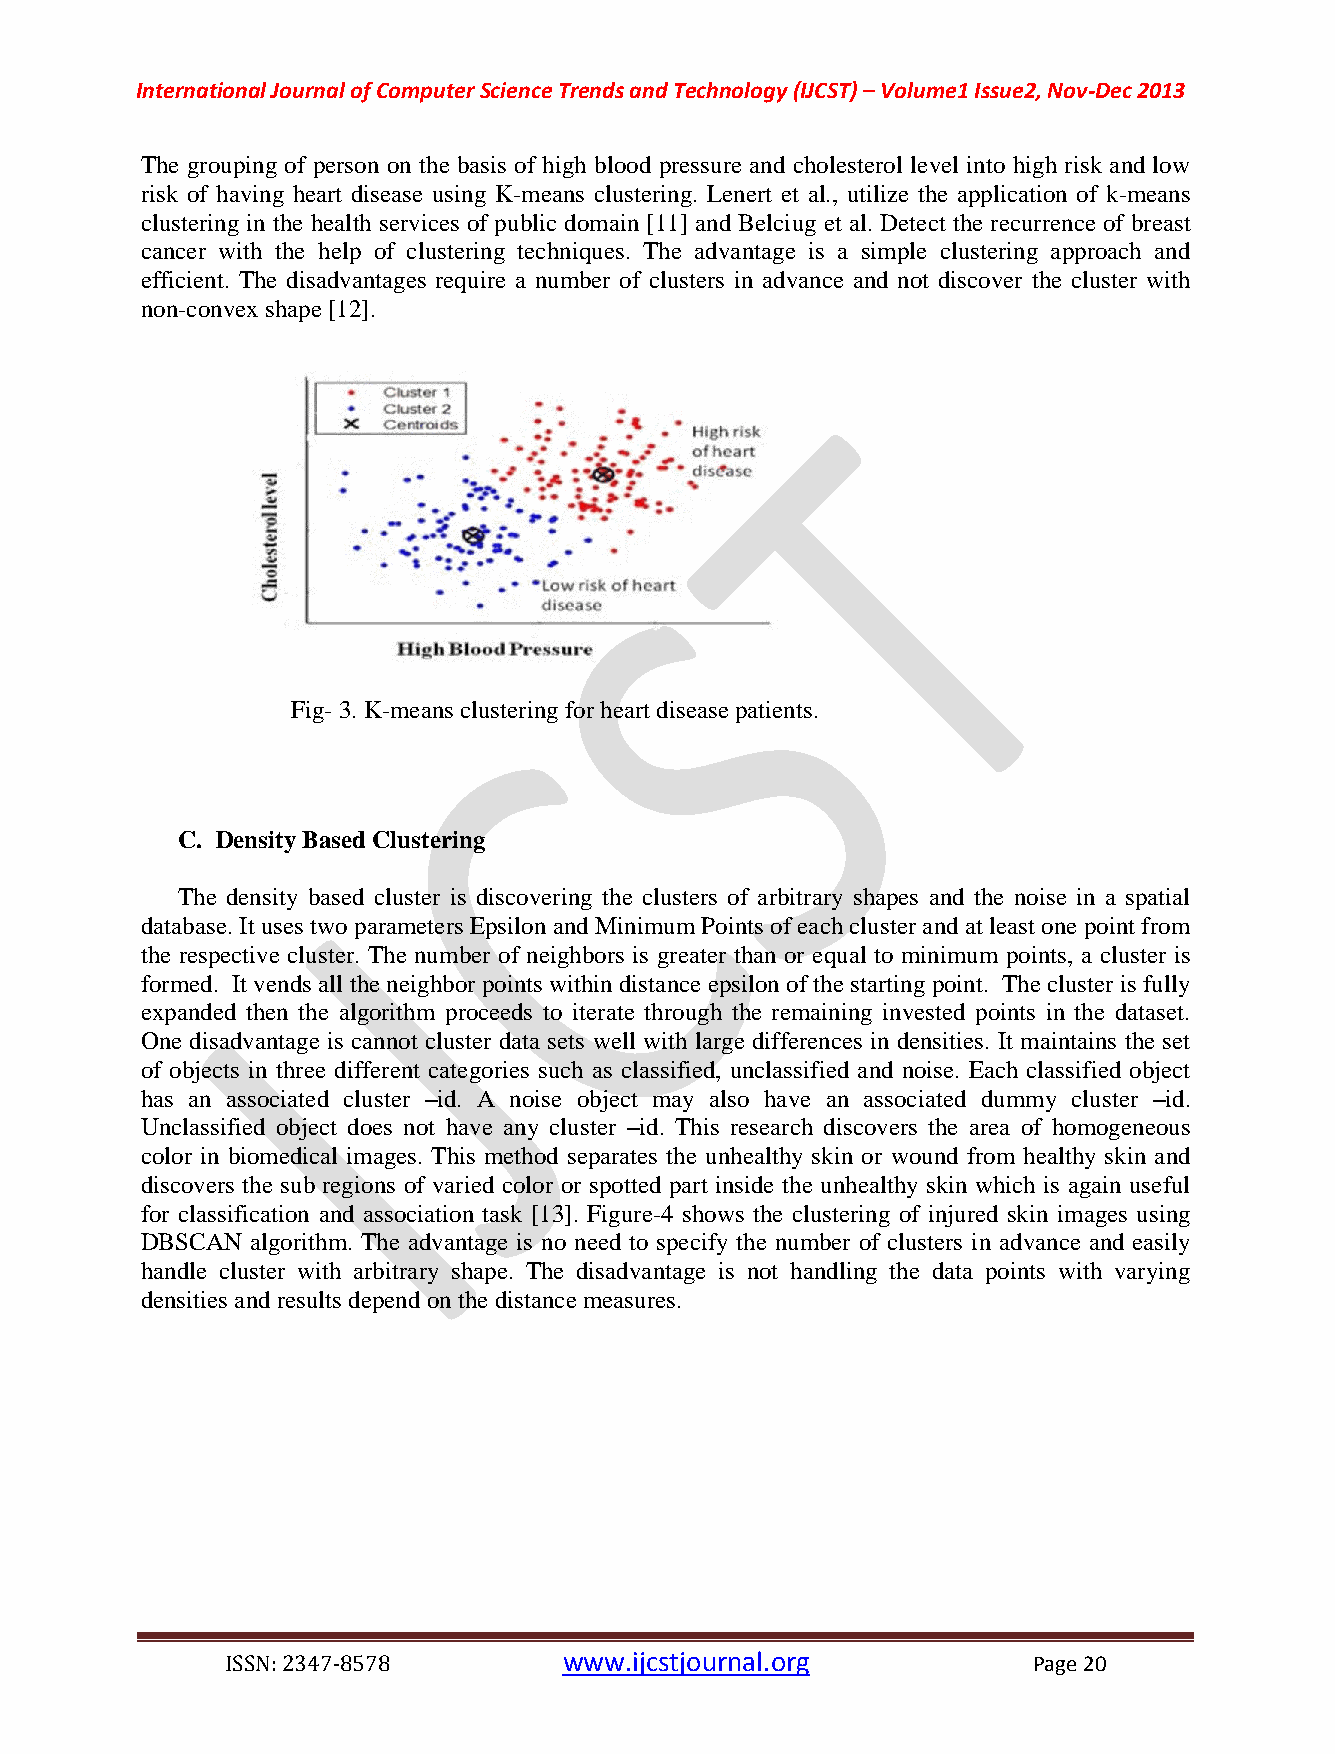
International Journal of Computer Science Trends and Technology (IJCST) – Volume1 Issue2, Nov-Dec 2013
 The grouping of person on the basis of high blood pressure and cholesterol level into high risk and low
 risk of having heart disease using K-means clustering. Lenert et al., utilize the application of k-means
 clustering in the health services of public domain [11] and Belciug et al. Detect the recurrence of breast
 cancer with the help of clustering techniques. The advantage is a simple clustering approach and
 efficient. The disadvantages require a number of clusters in advance and not discover the cluster with
 non-convex shape [12].
 Fig- 3. K-means clustering for heart disease patients.
 C. Density Based Clustering
 The density based cluster is discovering the clusters of arbitrary shapes and the noise in a spatial
 database. It uses two parameters Epsilon and Minimum Points of each cluster and at least one point from
 the respective cluster. The number of neighbors is greater than or equal to minimum points, a cluster is
 formed. It vends all the neighbor points within distance epsilon of the starting point. The cluster is fully
 expanded then the algorithm proceeds to iterate through the remaining invested points in the dataset.
 One disadvantage is cannot cluster data sets well with large differences in densities. It maintains the set
 of objects in three different categories such as classified, unclassified and noise. Each classified object
 has an associated cluster –id. A noise object may also have an associated dummy cluster –id.
 Unclassified object does not have any cluster –id. This research discovers the area of homogeneous
 color in biomedical images. This method separates the unhealthy skin or wound from healthy skin and
 discovers the sub regions of varied color or spotted part inside the unhealthy skin which is again useful
 for classification and association task [13]. Figure-4 shows the clustering of injured skin images using
 DBSCAN  algorithm. The advantage is no need to specify the number of clusters in advance and easily
 handle cluster with arbitrary shape. The disadvantage is not handling the data points with varying
 densities and results depend on the distance measures.
 ISSN: 2347-8578       www.ijcstjournal.org           Page 20